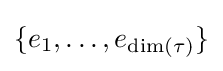
\{e_{1},\ldots ,e_{\dim(\tau )}\}